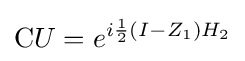
{\mbox{C}}U=e^{i{\frac {1}{2}}(I-Z_{1})H_{2}}